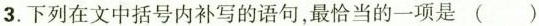
3.下列在文中括号内补写的语句，最恰当的一项是( )